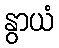
နွာယံ